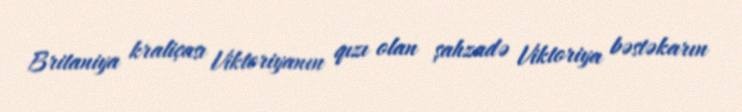
Britaniya kraliçası Viktoriyanın qızı olan şahzadə Viktoriya bəstəkarın